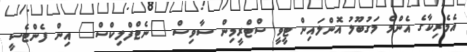
އެމެރިކާގެ އެންމެ މަގުބޫލު އޮންލައިން ޓީވީ ސްޓްރީމިން ސާވިސް "ނެޓްފްލިކްސް" އިން ފެންޓެސީ